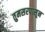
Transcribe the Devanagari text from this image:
तुमसरपासून